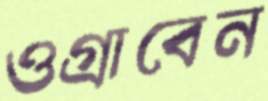
ওগ্‌রাবেন